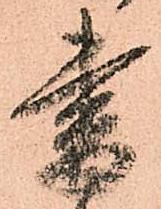
書